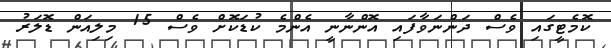
ކޮމެޓީގައި ވެސް ދަންނަވާފައި އޮންނާނީ އެންމެ ކުޑަކޮށް ވެސް 15 މިލިއަން ޑޮލަރު